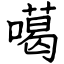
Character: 噶